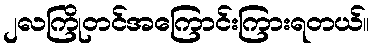
၂လကြိုတင်အကြောင်းကြားရတယ်။